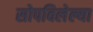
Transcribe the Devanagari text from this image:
सोपविलेल्या